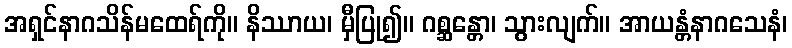
အရှင်နာဂသိန်မထေရ်ကို။ နိဿာယ၊ မှီပြု၍။ ဂစ္ဆန္တော၊ သွားလျက်။ အာယန္တံနာဂသေနံ၊